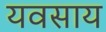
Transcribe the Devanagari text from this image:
यवसाय